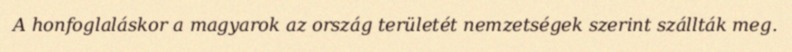
A honfoglaláskor a magyarok az ország területét nemzetségek szerint szállták meg.